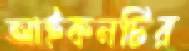
আইকনটির